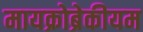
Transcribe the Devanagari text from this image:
मायक्रोब्रेकीयम